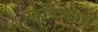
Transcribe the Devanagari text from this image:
खुटियाना